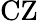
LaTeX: \mathrm{CZ}